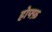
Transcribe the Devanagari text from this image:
होफ्फ़